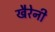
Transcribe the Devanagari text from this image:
खैरेनी